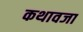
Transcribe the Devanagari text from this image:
कथावजा